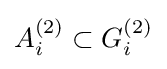
A_{i}^{(2)}\subset G_{i}^{(2)}